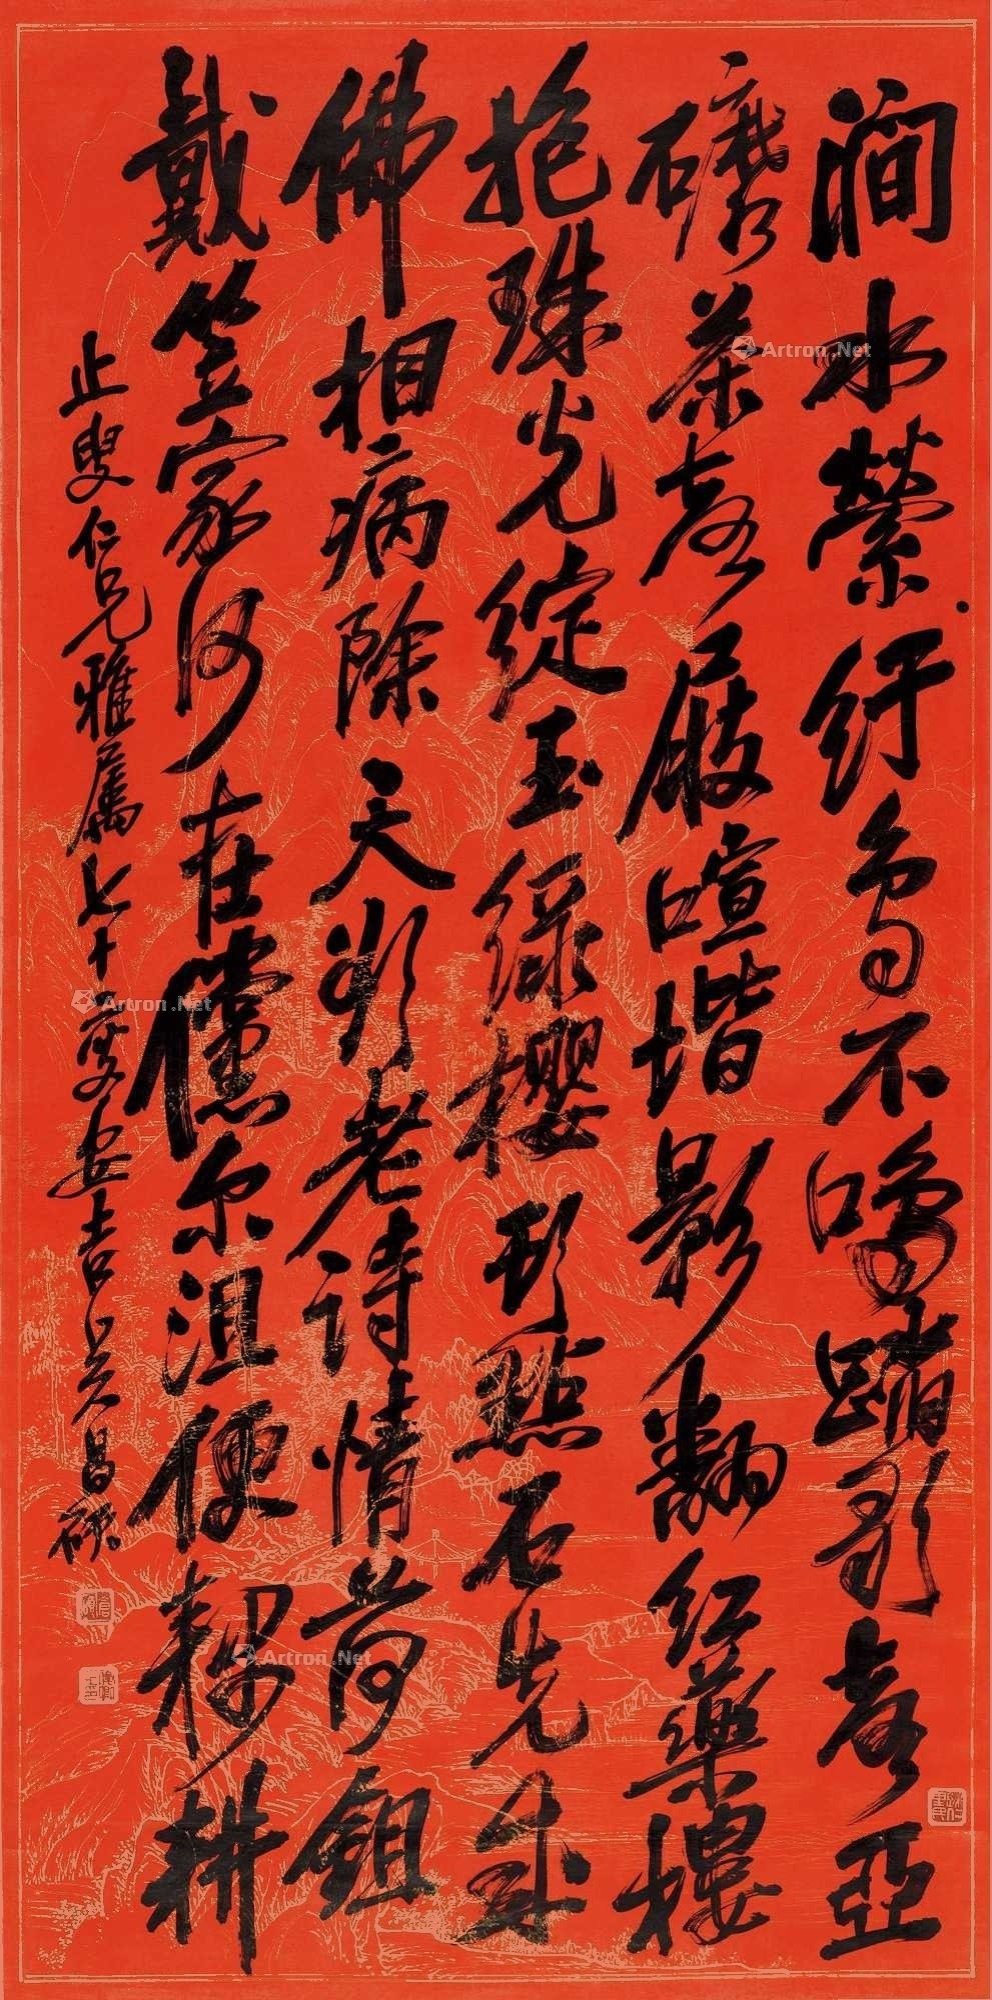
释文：涧水萦纡鸟不鸣，蹋歌声亚䃺茶声。屐諠阶影翻红药，楼抱珠光绽绿樱。头点石先成佛相，病除天欲老诗情。荷锄戴笠家何在，傥尔长沮便耦耕。止叟仁兄雅属，七十叟安吉吴昌硕。